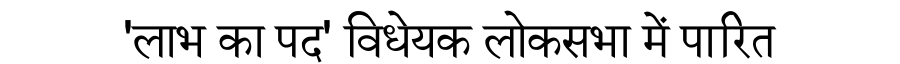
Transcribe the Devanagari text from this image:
'लाभ का पद' विधेयक लोकसभा में पारित